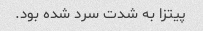
پیتزا به شدت سرد شده بود.